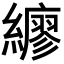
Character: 𦆲